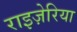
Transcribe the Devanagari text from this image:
राइज़ेरिया